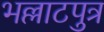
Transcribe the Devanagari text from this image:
भल्लाटपुत्र